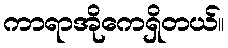
ကာရာအိုကေရှိတယ်။